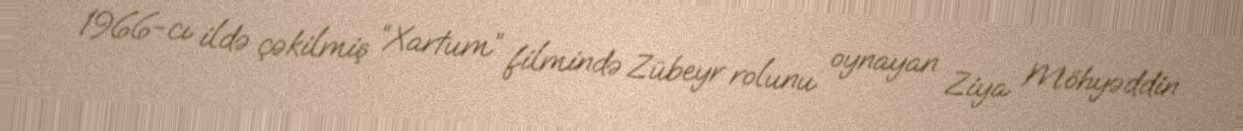
1966-cı ildə çəkilmiş “Xartum” filmində Zübeyr rolunu oynayan Ziya Möhyəddin